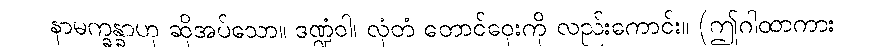
နာမက္ခန္ခာဟု ဆိုအပ်သော။ ဒဏ္ဍံဝါ၊ လှံတံ တောင်ဝှေးကို လည်းကောင်း။ (ဤဂါထာကား